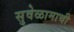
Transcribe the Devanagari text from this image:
सुवेळामाची